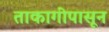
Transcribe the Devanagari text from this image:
ताकागीपासून